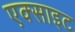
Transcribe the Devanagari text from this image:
एक्साइट